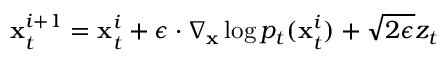
\mathbf { x } _ { t } ^ { i + 1 } = \mathbf { x } _ { t } ^ { i } + \epsilon \cdot \nabla _ { \mathbf { x } } \log p _ { t } ( \mathbf { x } _ { t } ^ { i } ) + \sqrt { 2 \epsilon } z _ { t }